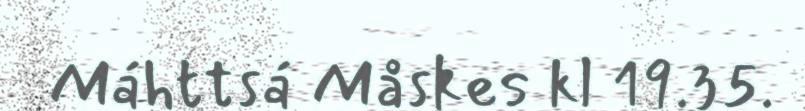
Máhttsá Måskes kl 19.35.